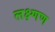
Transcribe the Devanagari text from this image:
लक्ष्णण